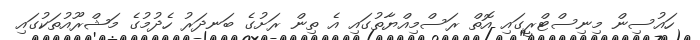
ހައުސިން މިނިސްޓްރީގައި އޮތް ރަސްމިއްޔާތުގައި އެ ތިން ރަށުގެ ބަނދަރު ހެދުމުގެ މަޝްރޫއުތަކުގައި